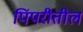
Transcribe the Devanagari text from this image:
पिंपरीतील